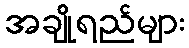
အချိုရည်များ